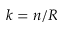
k = n / R